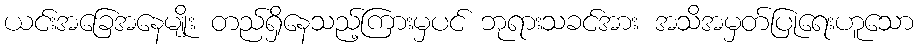
ယင်းအခြေအနေမျိုး တည်ရှိနေသည့်ကြားမှပင် ဘုရားသခင်အား အသိအမှတ်ပြုရေးဟူသော